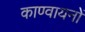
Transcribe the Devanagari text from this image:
काण्वायनों